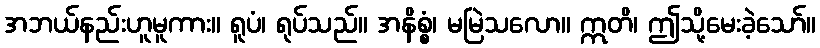
အဘယ်နည်းဟူမူကား။ ရူပံ၊ ရုပ်သည်။ အနိစ္စံ၊ မမြဲသလော။ ဣတိ၊ ဤသို့မေးခဲ့သော်။